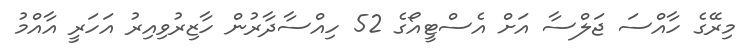
މިރޭގެ ހާއްސަ ޖަލްސާ އަށް އެސްޓީއޯގެ 52 ހިއްސާދާރުން ހާޒިރުވިއިރު އަހަރީ އާއްމު